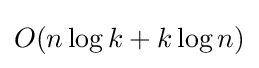
O(n\log k+k\log n)